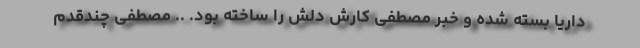
داریا بسته شده و خبر مصطفی کارش دلش را ساخته بود. .. مصطفی چندقدم